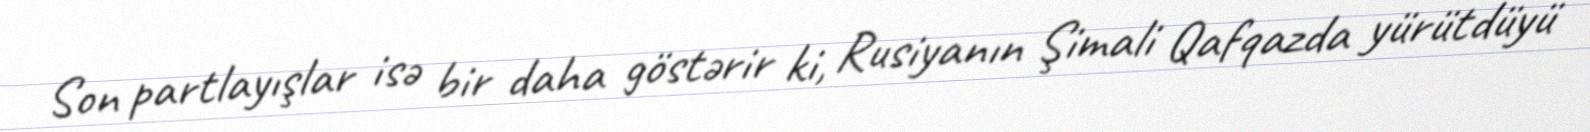
Son partlayışlar isə bir daha göstərir ki, Rusiyanın Şimali Qafqazda yürütdüyü